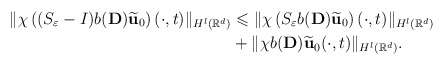
\begin{align*}\| \chi \left((S_\varepsilon -I) b({\mathbf D}) \widetilde{\mathbf u}_0\right) (\cdot,t) \|_{H^l({\mathbb R}^d)}&\leqslant\| \chi \left(S_\varepsilon b({\mathbf D}) \widetilde{\mathbf u}_0\right) (\cdot,t) \|_{H^l({\mathbb R}^d)}\\&+\| \chi b({\mathbf D}) \widetilde{\mathbf u}_0 (\cdot,t) \|_{H^l({\mathbb R}^d)}.\end{align*}